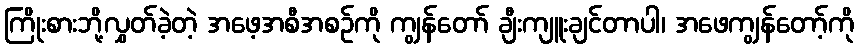
ကြိုးစားဘို့လွှတ်ခဲ့တဲ့ အဖေ့အစီအစဉ်ကို ကျွန်တော် ချီးကျူးချင်တာပါ၊ အဖေကျွန်တော့်ကို